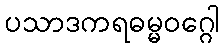
ပသာဒကရဓမ္မဝဂ္ဂေါ